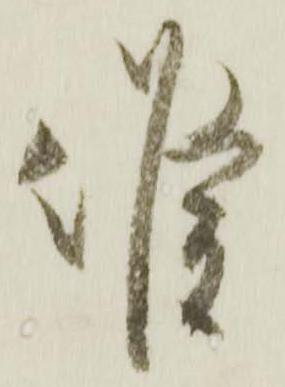
候